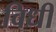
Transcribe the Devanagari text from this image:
विधीं